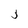
Character: j